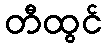
တီထွင်